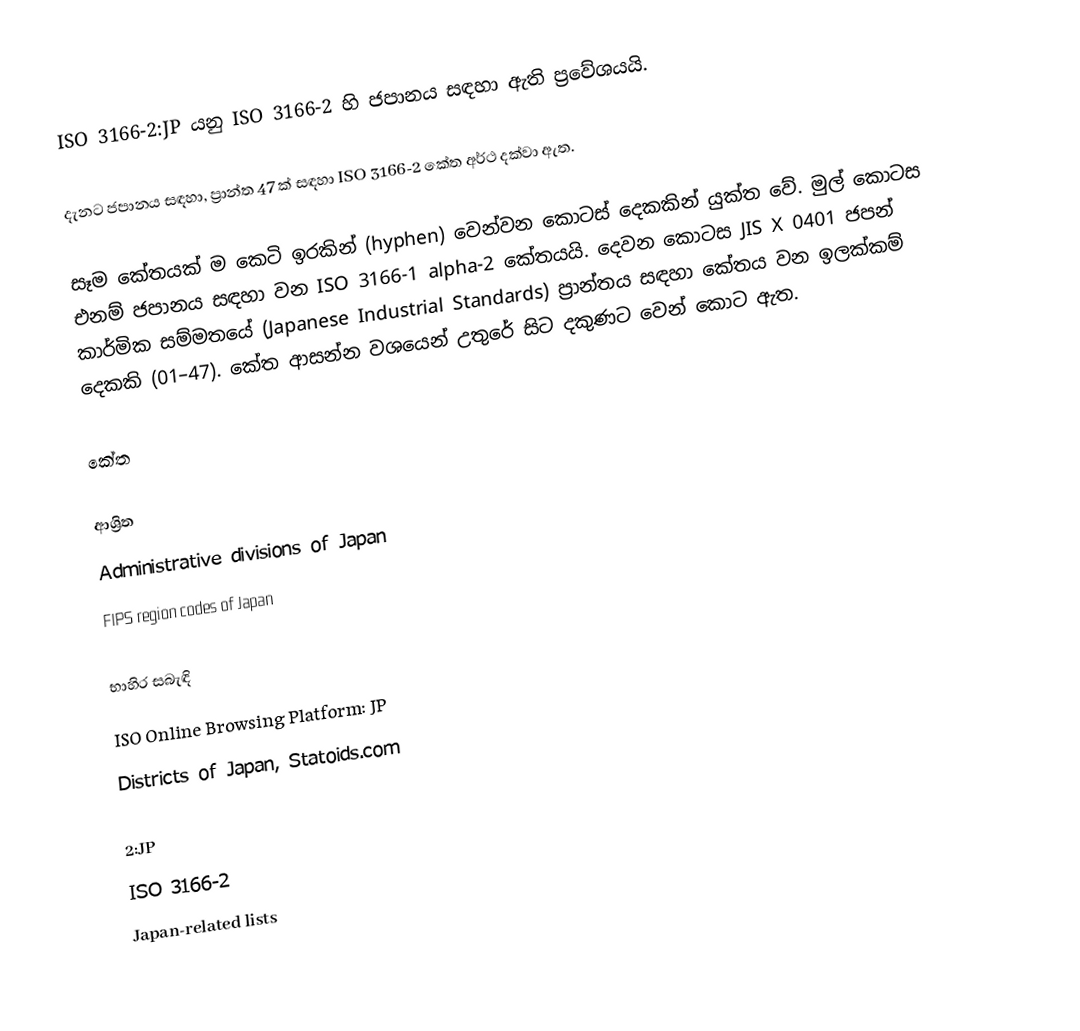
ISO 3166-2:JP යනු ISO 3166-2 හි ජපානය සඳහා ඇති ප්‍රවේශයයි.

දැනට ජපානය සඳහා, ප්‍රාන්ත 47 ක් සඳහා ISO 3166-2 කේත අර්ථ දක්වා ඇත.

සෑම කේතයක් ම කෙටි ඉරකින් (hyphen) වෙන්වන කොටස් දෙකකින් යුක්ත වේ. මුල් කොටස  එනම් ජපානය සඳහා වන ISO 3166-1 alpha-2 කේතයයි. දෙවන කොටස JIS X 0401 ජපන් කාර්මික සම්මතයේ (Japanese Industrial Standards) ප්‍රාන්තය සඳහා කේතය වන ඉලක්කම් දෙකකි (01–47). කේත ආසන්න වශයෙන් උතුරේ සිට දකුණට වෙන් කොට ඇත.

කේත

ආශ්‍රිත
 Administrative divisions of Japan
 FIPS region codes of Japan

භාහිර සබැඳි
 ISO Online Browsing Platform: JP
 Districts of Japan, Statoids.com

2:JP
ISO 3166-2
Japan-related lists